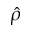
\hat { \rho }